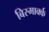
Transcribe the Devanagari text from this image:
बिस्मार्क्क